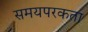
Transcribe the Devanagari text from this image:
समयपरकता